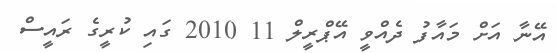
އޭނާ އަށް މައާފު ދެއްވީ އޭޕްރީލް 11 2010 ގައި ކުރީގެ ރައީސް